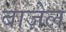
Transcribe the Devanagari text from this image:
बाज़ेल